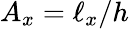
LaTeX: A_{x}=\ell_{x}/h